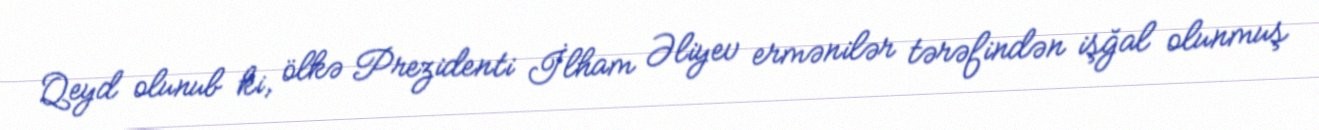
Qeyd olunub ki, ölkə Prezidenti İlham Əliyev ermənilər tərəfindən işğal olunmuş